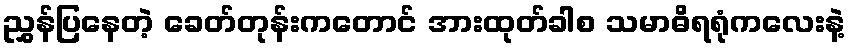
ညွှန်ပြနေတဲ့ ခေတ်တုန်းကတောင် အားထုတ်ခါစ သမာဓိရရုံကလေးနဲ့